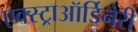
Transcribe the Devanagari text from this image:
एक्स्ट्राऑर्डिनेरी